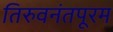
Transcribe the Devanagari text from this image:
तिरुवनंतपूरम